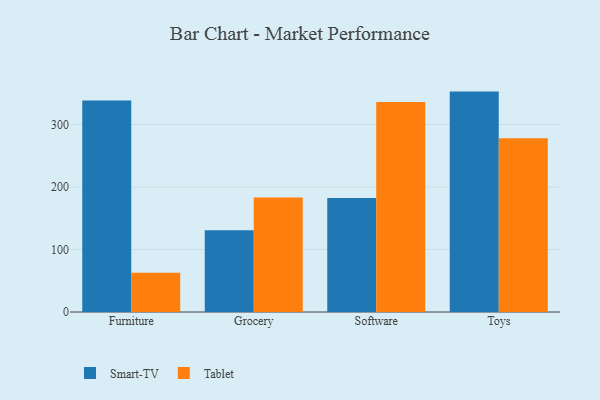
{"axis": {"x": "Category", "y": "Churn Rate (%)"}, "legend": ["Smart-TV", "Tablet"], "data": [{"x": "Furniture", "y": 338.4, "type": "Smart-TV"}, {"x": "Furniture", "y": 63.0, "type": "Tablet"}, {"x": "Grocery", "y": 130.7, "type": "Smart-TV"}, {"x": "Grocery", "y": 183.4, "type": "Tablet"}, {"x": "Software", "y": 182.5, "type": "Smart-TV"}, {"x": "Software", "y": 336.0, "type": "Tablet"}, {"x": "Toys", "y": 352.7, "type": "Smart-TV"}, {"x": "Toys", "y": 278.2, "type": "Tablet"}]}